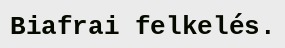
Biafrai felkelés.